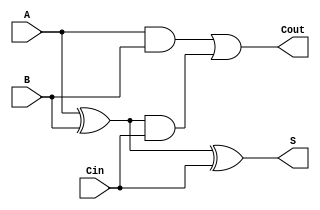
module FullAdder1 (
    input A,
    input B,
    input Cin,
    output S,
    output Cout
    );

    // represent data storage
    reg S, Cout;

    // using behavioral style
    // Procedural statements inside this always block gets executed once there’s any change in inputs.
    always @(*)
        begin
            S = A ^ B ^ Cin;
            Cout = A&B | (A^B) & Cin; // or => Cout = A&B | A&Cin | B&Cin;
        end

endmodule